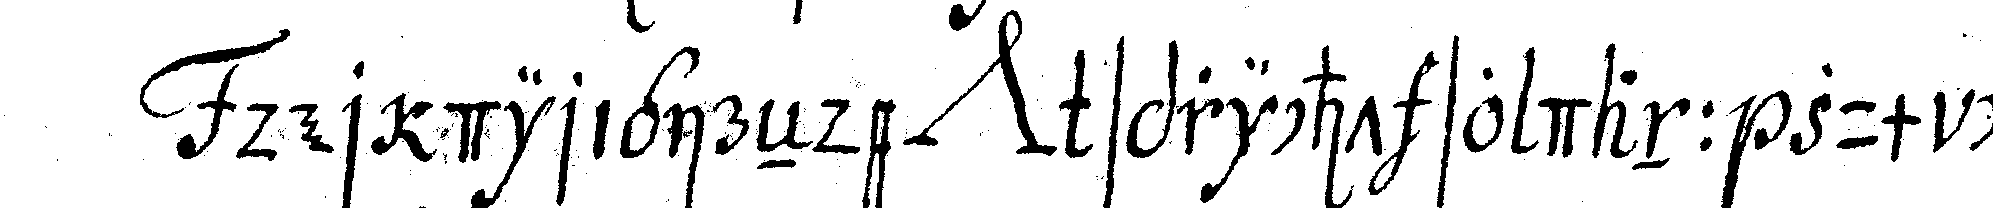
der dirigireNde *nee* spricht so dann zum cere